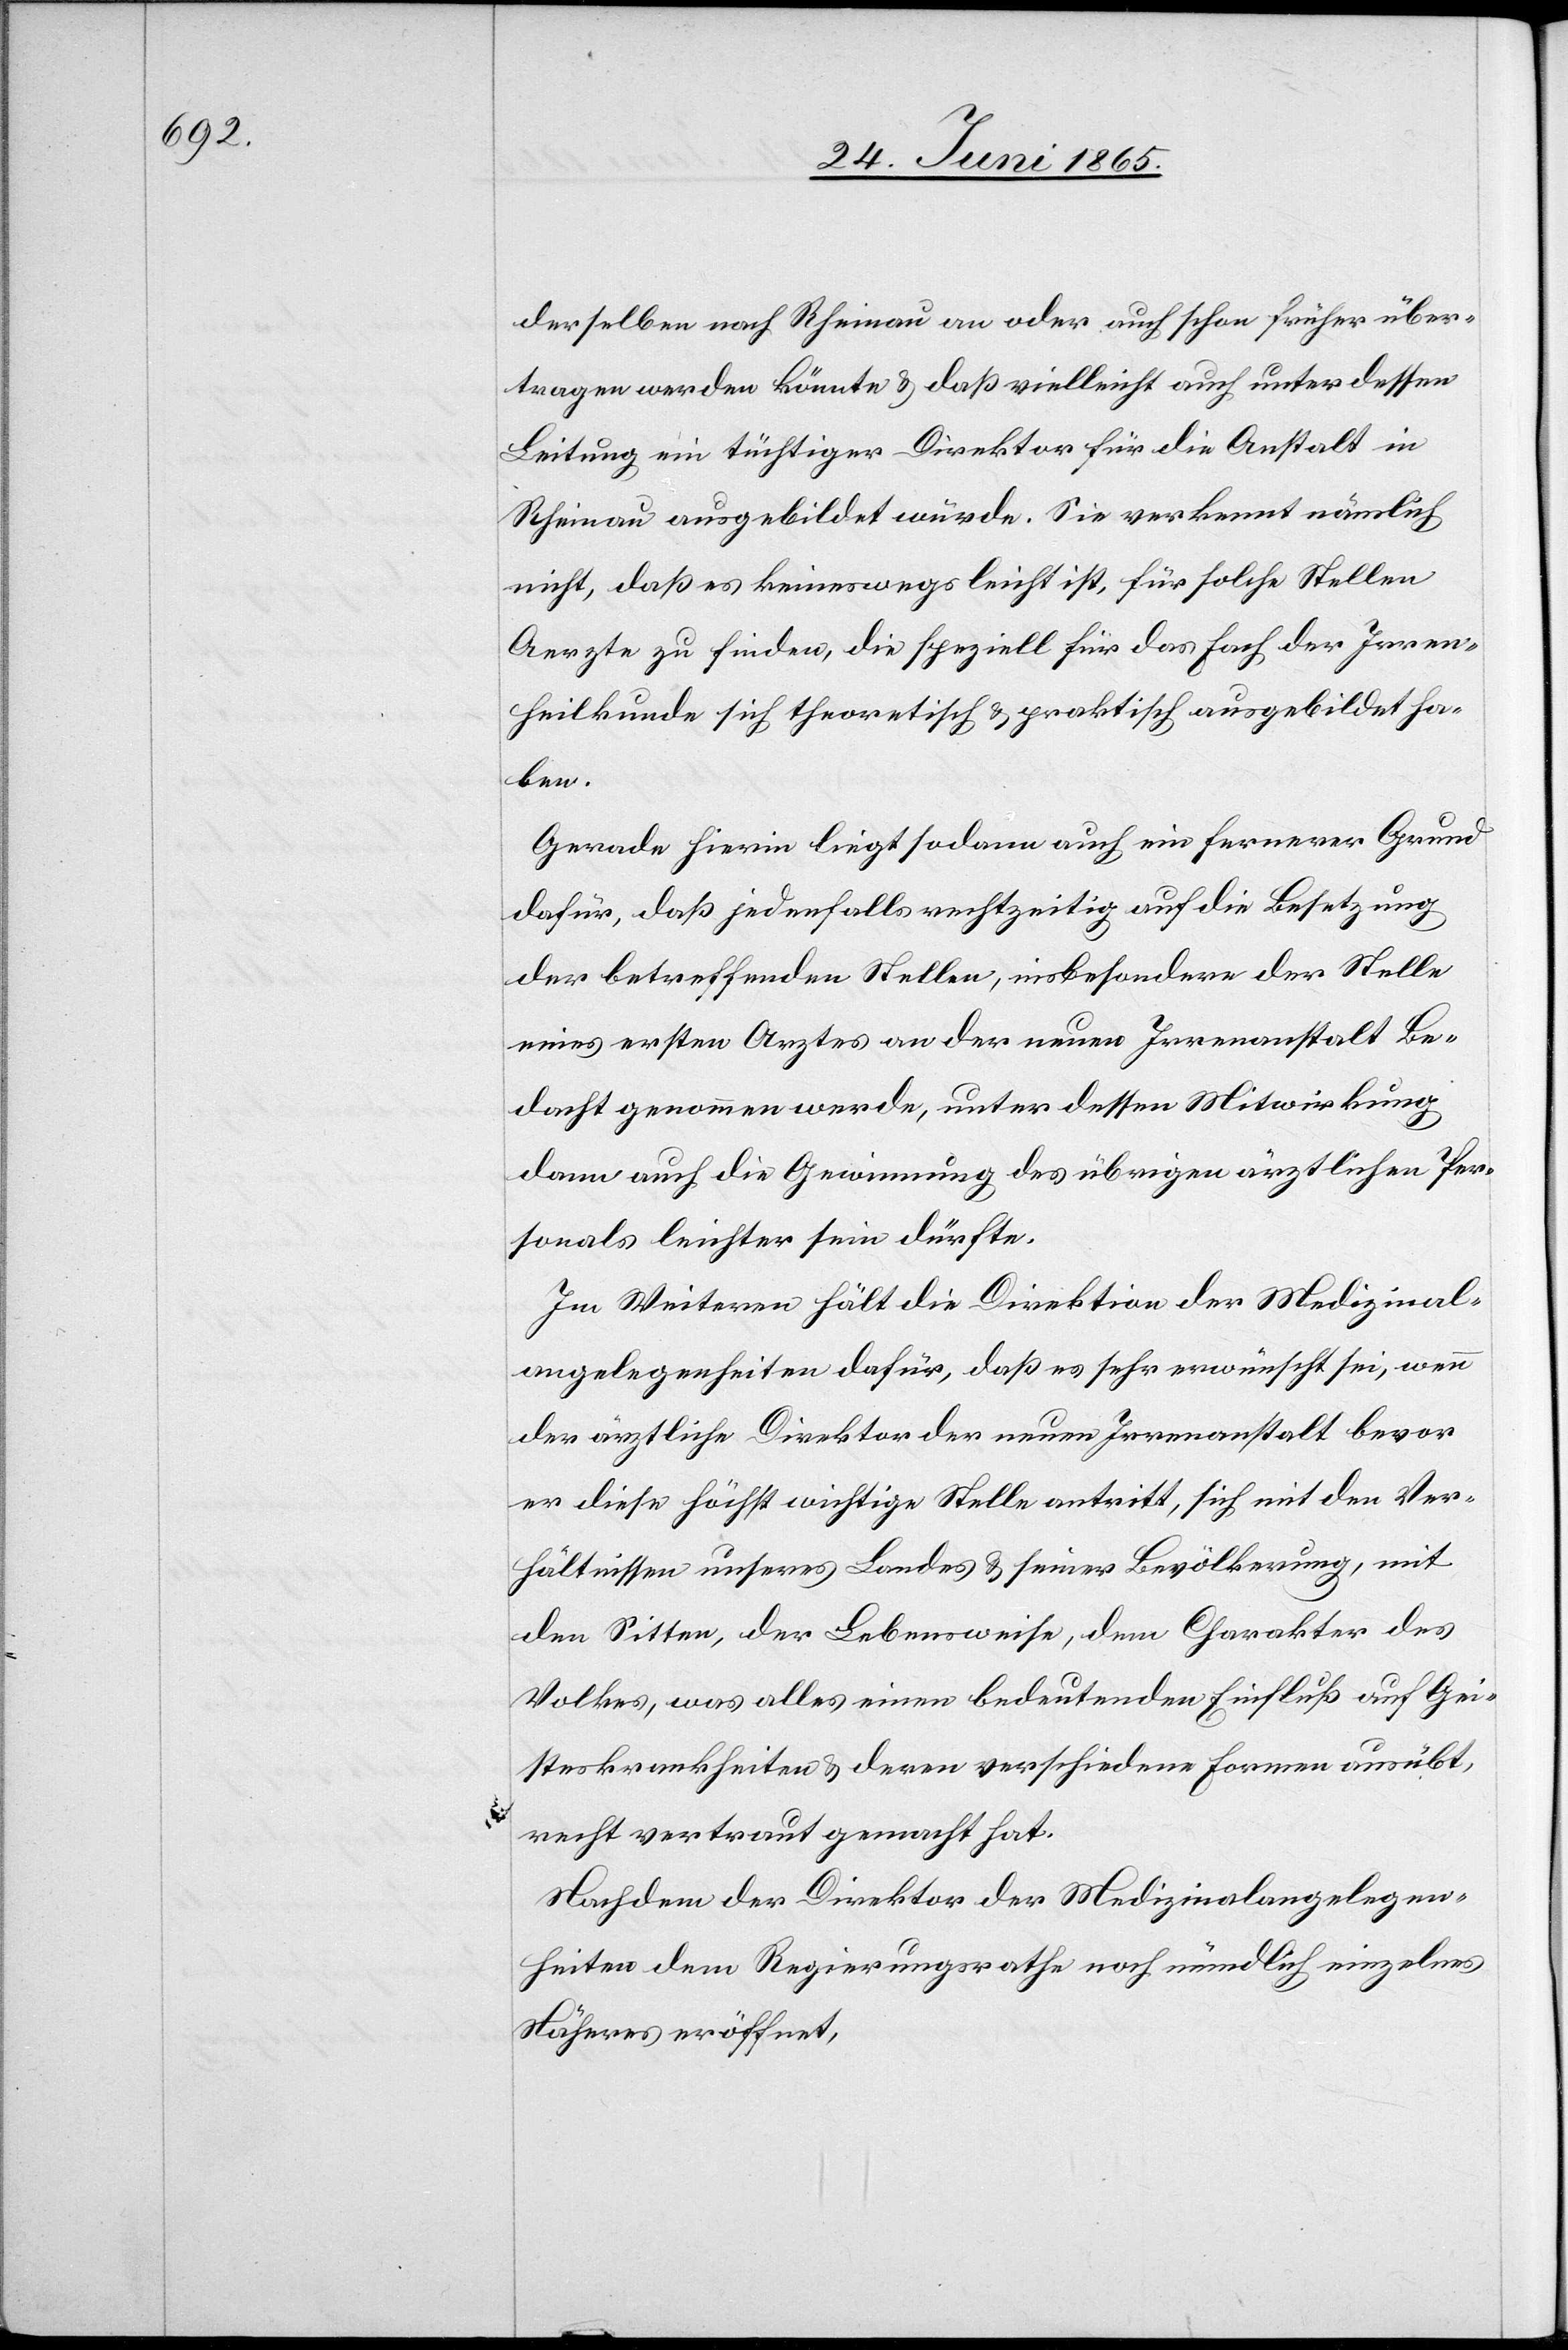
derselben nach Rheinau an oder auch schon früher über¬
tragen werden könnte & daß vielleicht auch unter dessen
Leitung ein tüchtiger Direktor für die Anstalt in
Rheinau ausgebildet würde. Sie verkennt nämlich
nicht, daß es keineswegs leicht ist, für solche Stellen
Aerzte zu finden, die speziell für das Fach der Irren¬
heilkunde sich theoretisch & praktisch ausgebildet ha¬
ben.
Gerade hierin liegt sodann auch ein fernerer Grund
dafür, daß jedenfalls rechtzeitig auf die Besetzung
der betreffenden Stellen, insbesondere der Stelle
eines ersten Arztes an der neuen Irrenanstalt Be¬
dacht genommen werde, unter dessen Mitwirkung
dann auch die Gewinnung des übrigen ärztlichen Per¬
sonals leichter sein dürfte.
Im Weiteren hält die Direktion der Medizinal¬
angelegenheiten dafür, daß es sehr erwünscht sei, wenn
der ärztliche Direktor der neuen Irrenanstalt bevor
er diese höchst wichtige Stelle antritt, sich mit den Ver¬
hältnissen unseres Landes & seiner Bevölkerung, mit
den Sitten, der Lebensweise, dem Charakter des
Volkes, was alles einen bedeutenden Einfluß auf Gei¬
steskrankheiten & deren verschiedene Formen ausübt,
recht vertraut gemacht hat.
Nachdem der Direktor der Medizinalangelegen¬
heiten dem Regierungsrathe noch mündlich einzelnes
Näheres eröffnet,